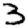
Digit: 3